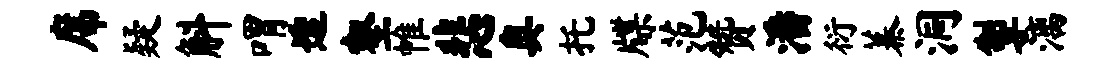
席疑斛喟透壑帷悲奥托牒范赞潘衍蓁洞掣漓